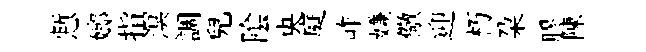
慙嫏指溟調兒隂央庭岞嫌儆迎朽朶膠陳